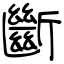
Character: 斷